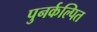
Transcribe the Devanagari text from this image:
पुनर्कल्पित